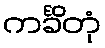
ကင်္ခိတုံ